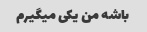
باشه من یکی میگیرم